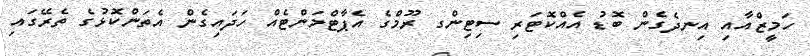
ހަމީޒްއާއި އިނދެގެން ބޮޑު އެއްކޮޓަރި ސިޓިންގ ރޫމްގެ އެޕާޓްމަންޓެއް ހަދައިގެން އެތަންކޮޅުގެ ތެރޭގައި